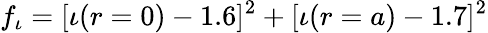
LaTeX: f_{\iota}=[\iota(r=0)-1.6]^{2}+[\iota(r=a)-1.7]^{2}